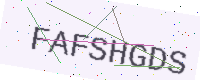
Text: FAFSHGDS